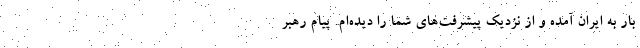
بار به ایران آمده و از نزدیک پیشرفت‌های شما را دیده‌ام. پیام رهبر